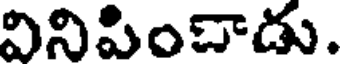
వినిపించాడు.